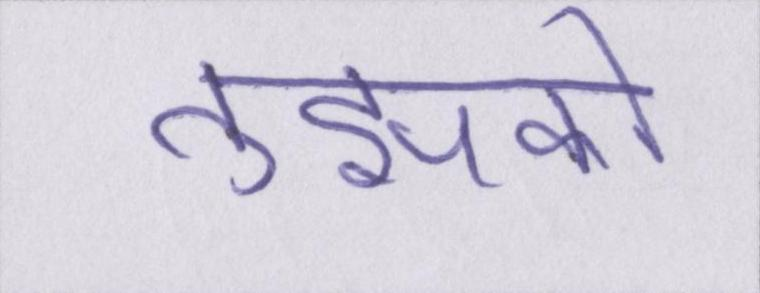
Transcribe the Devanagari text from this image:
तुझको